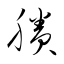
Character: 賸